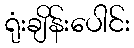
ရုံးချိန်းပေါင်း